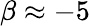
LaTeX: \beta\approx-5